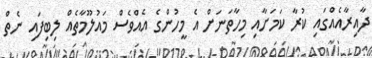
ދާއިރާއެއްގައި ކުރާ ކަމަށާއި މިހާތަނަށް އެ މީހުންގެ އެއްވެސް މައުލޫމާތެއް ލިބިފައި ނެތް